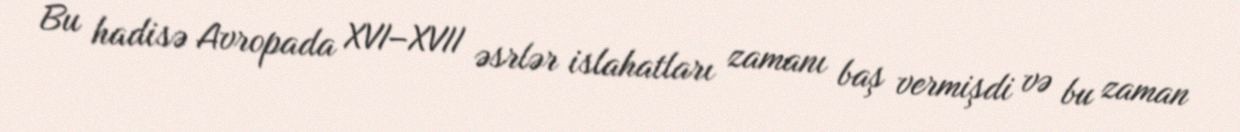
Bu hadisə Avropada XVI–XVII əsrlər islahatları zamanı baş vermişdi və bu zaman